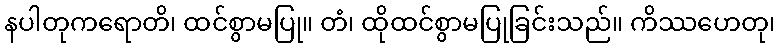
နပါတုကရောတိ၊ ထင်စွာမပြု။ တံ၊ ထိုထင်စွာမပြုခြင်းသည်။ ကိဿဟေတု၊